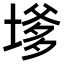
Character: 𭏔